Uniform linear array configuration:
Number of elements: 48
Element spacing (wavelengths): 1
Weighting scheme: cosine
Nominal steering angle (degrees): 60
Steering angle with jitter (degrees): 61.948
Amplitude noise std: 0.05
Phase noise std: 0.05

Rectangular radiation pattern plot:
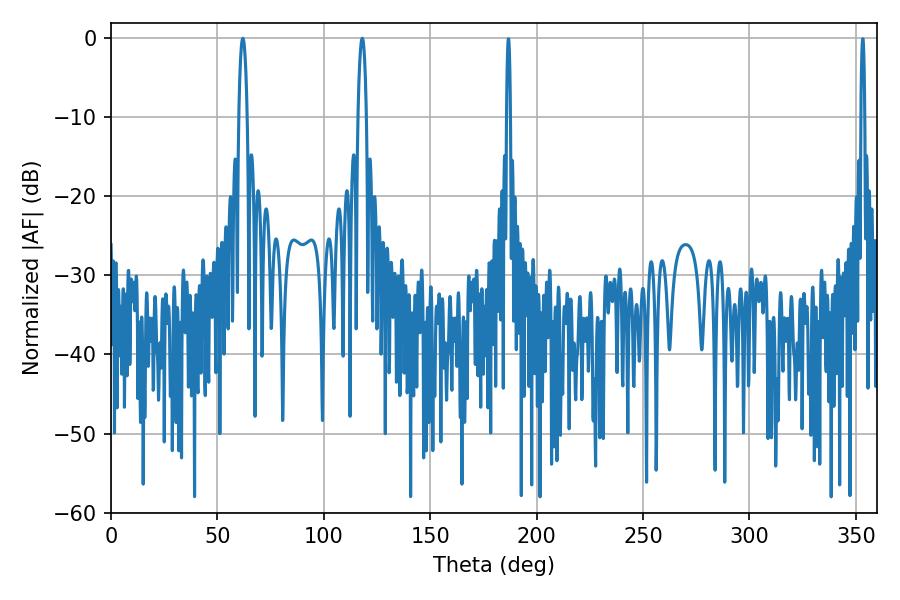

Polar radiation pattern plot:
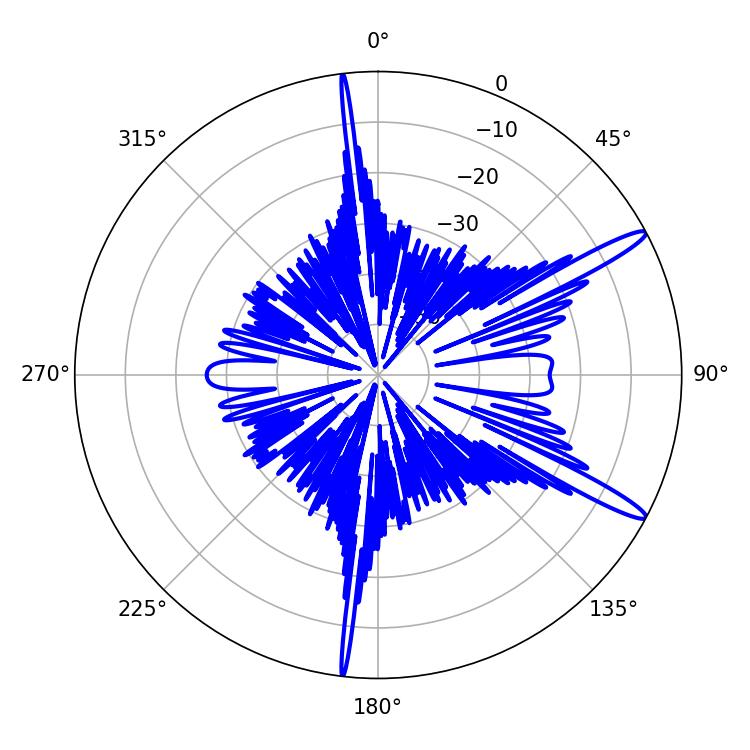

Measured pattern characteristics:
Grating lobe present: TRUE
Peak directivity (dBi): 14.348
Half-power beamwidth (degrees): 2.16
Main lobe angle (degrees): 61.92